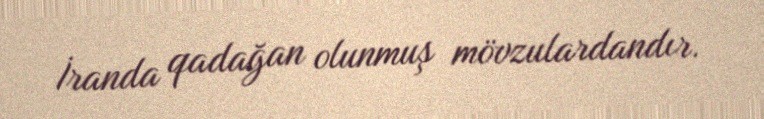
İranda qadağan olunmuş mövzulardandır.